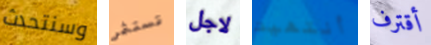
وسنتحدث تستثمر لاجل أنتهيت أقترف